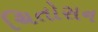
ચિતોસન